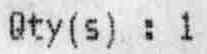
QTY(S) : 1